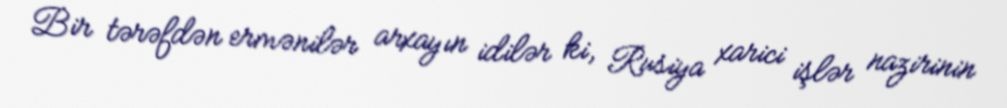
Bir tərəfdən ermənilər arxayın idilər ki, Rusiya xarici işlər nazirinin